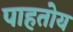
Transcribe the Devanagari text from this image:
पाहतोय